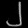
Digit: ၂